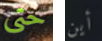
حتى أين